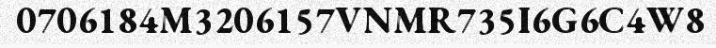
0706184M3206157VNMR735I6G6C4W8